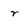
Character: r